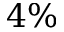
4 \%